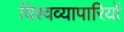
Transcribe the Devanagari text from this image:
विश्वव्यापारियों